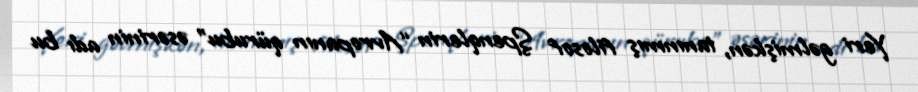
Yeri gəlmişkən, tanınmış filosof Şpenqlerin “Avropanın qürubu” əsərinin adı bu